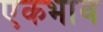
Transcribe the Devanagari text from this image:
एकभाव